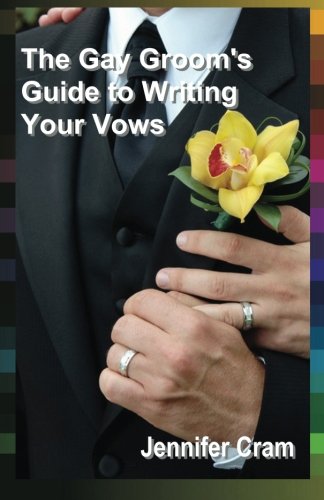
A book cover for The Gay Groom's Guide to Writing Your Vows (Romantic Wedding Rituals); Jennifer Cram; Crafts, Hobbies & Home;